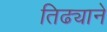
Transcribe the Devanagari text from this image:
तिढ्याने